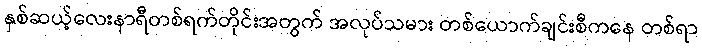
နှစ်ဆယ့်လေးနာရီတစ်ရက်တိုင်းအတွက် အလုပ်သမား တစ်ယောက်ချင်းစီကနေ တစ်ရာ